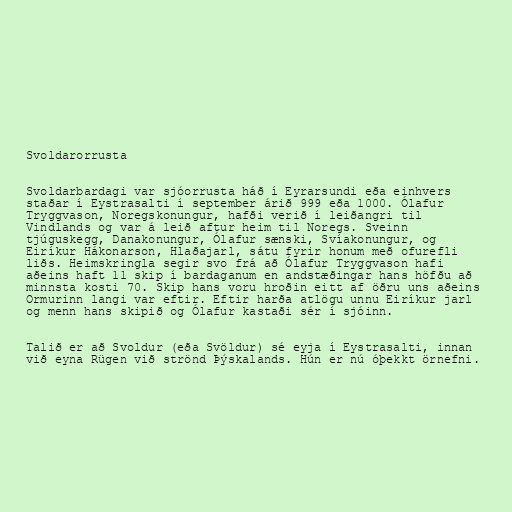
Svoldarorrusta

Svoldarbardagi var sjóorrusta háð í Eyrarsundi eða einhvers
staðar í Eystrasalti í september árið 999 eða 1000. Ólafur
Tryggvason, Noregskonungur, hafði verið í leiðangri til
Vindlands og var á leið aftur heim til Noregs. Sveinn
tjúguskegg, Danakonungur, Ólafur sænski, Svíakonungur, og
Eiríkur Hákonarson, Hlaðajarl, sátu fyrir honum með ofurefli
liðs. Heimskringla segir svo frá að Ólafur Tryggvason hafi
aðeins haft 11 skip í bardaganum en andstæðingar hans höfðu að
minnsta kosti 70. Skip hans voru hroðin eitt af öðru uns aðeins
Ormurinn langi var eftir. Eftir harða atlögu unnu Eiríkur jarl
og menn hans skipið og Ólafur kastaði sér í sjóinn.

Talið er að Svoldur (eða Svöldur) sé eyja í Eystrasalti, innan
við eyna Rügen við strönd Þýskalands. Hún er nú óþekkt örnefni.